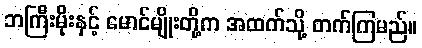
ဘကြီးမိုးနှင့် မောင်မျိုးတို့က အထက်သို့ တက်ကြမည်။